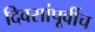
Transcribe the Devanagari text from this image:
दिवसांपूर्वीच